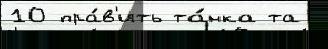
10 пра́в'ить та́нка та